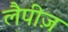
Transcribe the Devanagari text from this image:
लैपीज़